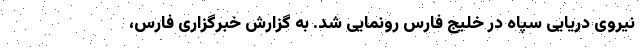
نیروی دریایی سپاه در خلیج فارس رونمایی شد. به گزارش خبرگزاری فارس،